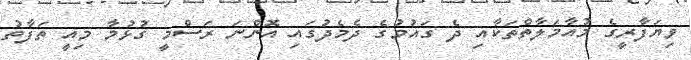
ވިޔަފާރީގެ މުއާމަލާތްތަކާއި ދެ ގައުމުގެ ދެމެދުގައި އޮންނަ ރަސްމީ ގުޅުމާ މިއީ ތަފާތު